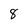
Character: 8